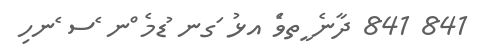
841 841 ދާނެ ީތވެަ އޅު ަގނ ުޑމެ ްނ ެސ ެނހި